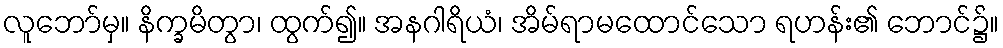
လူဘော်မှ။ နိက္ခမိတွာ၊ ထွက်၍။ အနဂါရိယံ၊ အိမ်ရာမထောင်သော ရဟန်း၏ ဘောင်၌။